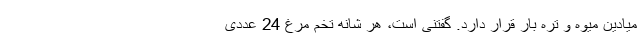
میادین میوه و تره بار قرار دارد. گفتنی است، هر شانه تخم مرغ 24 عددی